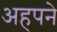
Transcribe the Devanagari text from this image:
अहपने